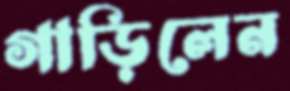
গাড়িলেন